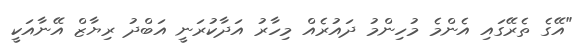
"އޭގެ ތެރޭގައި އެންމެ މުހިންމު ދައުރެއް މިހާރު އަދާކުރަނީ އަބްދު ރިޔާޒް އޭނާއަކީ